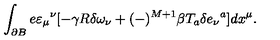
\int _ { \partial B } e \varepsilon _ { \mu } { } ^ { \nu } [ - \gamma R \delta \omega _ { \nu } + ( - ) ^ { M + 1 } \beta T _ { a } \delta e _ { \nu } { } ^ { a } ] d x ^ { \mu } .